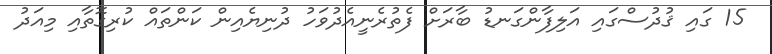
15 ގައި ޤުދުސްގައި އަލިފާންގަނޑު ބާރަށް ފެތުރެނީއެދުވަހު ދުނިޔެއިން ކަންތައް ކުރިގޮތާއި މިއަދު